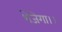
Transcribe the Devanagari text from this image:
भेजेगा।।